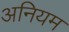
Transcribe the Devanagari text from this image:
अनियम